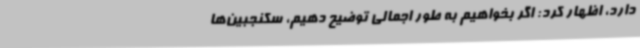
دارد، اظهار کرد: اگر بخواهیم به طور اجمالی توضیح دهیم، سکنجبین‌ها